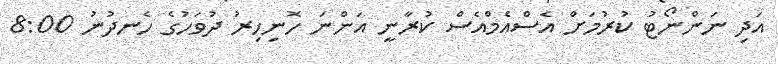
އަދި ނަންނޯޓު ކުރުމަށް އެސްއެމްއެސް ކުރާނީ އަންނަ ހޮނިހިރު ދުވަހުގެ ހެނދުނު 8:00